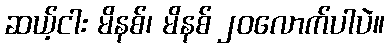
ဆယ့်ငါး မိနစ်၊ မိနစ် ၂၀လောက်ပါပဲ။